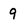
Character: 9